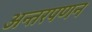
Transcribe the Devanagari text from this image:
अन्तरपणन